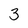
Character: 3